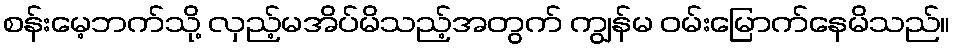
စန်းမေ့ဘက်သို့ လှည့်မအိပ်မိသည့်အတွက် ကျွန်မ ဝမ်းမြောက်နေမိသည်။